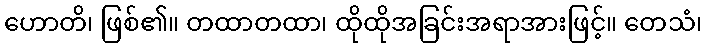
ဟောတိ၊ ဖြစ်၏။ တထာတထာ၊ ထိုထိုအခြင်းအရာအားဖြင့်။ တေသံ၊